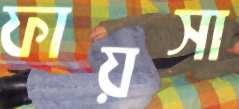
ফায়সা